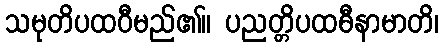
သမုတိပထဝီမည်၏။ ပညတ္တိပထဓီနာမာတိ၊